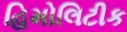
હિમોલિટીક